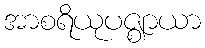
အာစရိယုပဇ္ဈာယာ